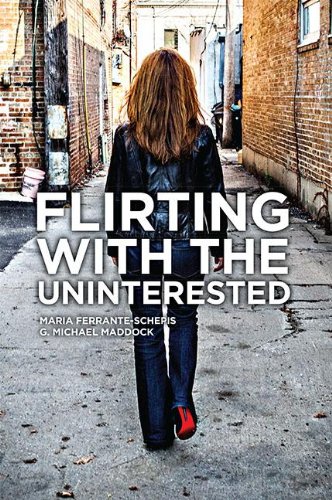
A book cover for Flirting With The Uninterested: Innovating In A ""Sold, Not Bought"" Category; Maria Ferrante-Schepis; Business & Money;